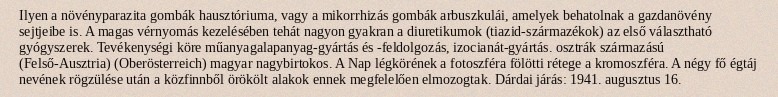
Ilyen a növényparazita gombák hausztóriuma, vagy a mikorrhizás gombák arbuszkulái, amelyek behatolnak a gazdanövény sejtjeibe is. A magas vérnyomás kezelésében tehát nagyon gyakran a diuretikumok (tiazid-származékok) az első választható gyógyszerek. Tevékenységi köre műanyagalapanyag-gyártás és -feldolgozás, izocianát-gyártás. osztrák származású (Felső-Ausztria) (Oberösterreich) magyar nagybirtokos. A Nap légkörének a fotoszféra fölötti rétege a kromoszféra. A négy fő égtáj nevének rögzülése után a közfinnből örökölt alakok ennek megfelelően elmozogtak. Dárdai járás: 1941. augusztus 16.